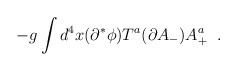
\begin{align*}- g \int d^4x (\partial^*\phi)T^a(\partial A_-) A^a_+ \;\;.\end{align*}